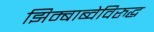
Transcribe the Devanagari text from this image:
झिम्बाब्वेविरुद्ध